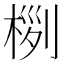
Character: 𣔜